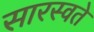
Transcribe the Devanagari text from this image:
सारस्वते